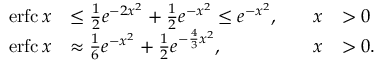
{ \begin{array} { r l r l } { \operatorname { e r f c } x } & { \leq { \frac { 1 } { 2 } } e ^ { - 2 x ^ { 2 } } + { \frac { 1 } { 2 } } e ^ { - x ^ { 2 } } \leq e ^ { - x ^ { 2 } } , } & { \quad x } & { > 0 } \\ { \operatorname { e r f c } x } & { \approx { \frac { 1 } { 6 } } e ^ { - x ^ { 2 } } + { \frac { 1 } { 2 } } e ^ { - { \frac { 4 } { 3 } } x ^ { 2 } } , } & { \quad x } & { > 0 . } \end{array} }